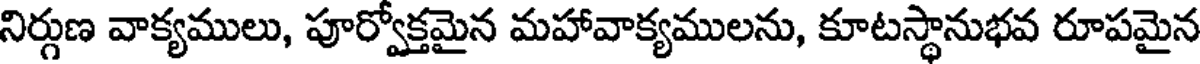
నిర్గుణ వాక్యములు, పూర్వోక్తమైన మహావాక్యములను, కూటస్థానుభవ రూపమైన